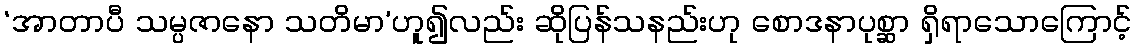
‘အာတာပီ သမ္ပဇာနော သတိမာ’ဟူ၍လည်း ဆိုပြန်သနည်းဟု စောဒနာပုစ္ဆာ ရှိရာသောကြောင့်